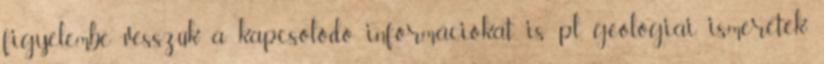
figyelembe vesszük a kapcsolódó információkat is pl. geológiai ismeretek